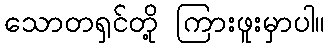
သောတရှင်တို့ ကြားဖူးမှာပါ။